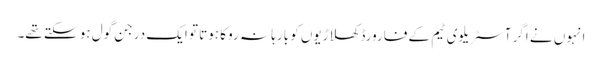
انہوں نے اگر آسٹریلوی ٹیم کے فارورڈ کھلاڑیوں کو بارہا نہ روکا ہوتا تو ایک درجن گول ہو سکتے تھے۔